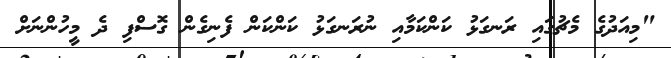
"މިއަދުގެ މެޗުގައި ރަނގަޅު ކަންކަމާއި ނުރަނގަޅު ކަންކަން ފެނިގެން ގޮސްފި ދެ މީހުންނަށް